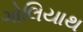
ગોલિયાથ